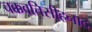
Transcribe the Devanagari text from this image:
चक्कवत्तिसीहनाद